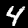
Label: 4